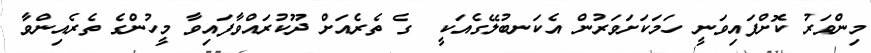
މިންވަރު ކޮށްފައިވަނީ ހަމަކަށަވަރުން އެކަނބުލޭގެއަކީ  ގެ ތެރެއަށް ދޫކުރައްވާފައިވާ މީހުންގެ ތެރެއިންވާ